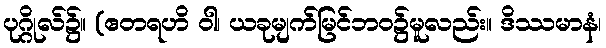
ပုဂ္ဂိုလ်၌။ (ဧတရဟိ ဝါ၊ ယခုမျက်မြင်ဘဝ၌မူလည်း။ ဒိဿမာနံ၊